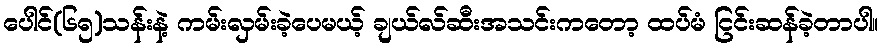
ပေါင်(၆၅)သန်းနဲ့ ကမ်းလှမ်းခဲ့ပေမယ့် ချယ်လ်ဆီးအသင်းကတော့ ထပ်မံ ငြင်းဆန်ခဲ့တာပါ။